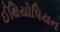
ઈથિયોપિયન